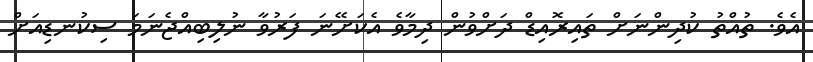
އެވެ. ތުއްތު ކުދިންނަށް ތައިރޮއިޑް ދަށްވުން ދިމާވެ އެކަށޭނަ ފަރުވާ ނުލިބިއްޖެނަމަ ސިކުނޑިއަށް